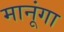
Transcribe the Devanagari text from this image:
मानूंगा